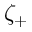
\zeta _ { + }